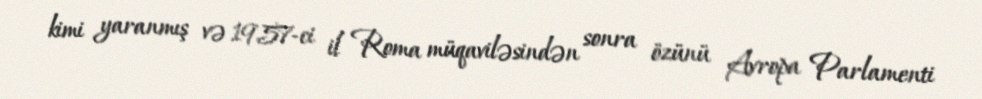
kimi yaranmış və 1957-ci il Roma müqaviləsindən sonra özünü Avropa Parlamenti